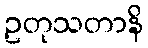
ဥတုသတာနိ